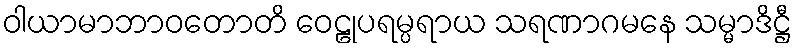
ဝါယာမာဘာဝတောတိ ဝေဠုပရမ္ပရာယ သရဏာဂမနေ သမ္မာဒိဋ္ဌီ